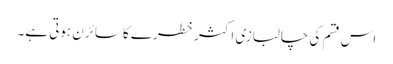
اس قسم کی چالبازی اکثر خطرے کا سائرن ہوتی ہے۔